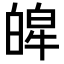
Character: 𤾎